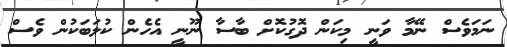
ނަމަވެސް ނޭމާ ވަނީ މިކަން ދޮގުކޮށް ބާސާ ނޫނީ އެހެން ކުލަބަކުން ވެސް